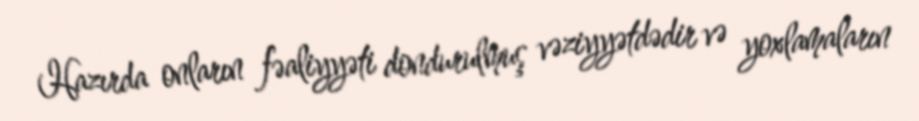
Hazırda onların fəaliyyəti dondurulmuş vəziyyətdədir və yoxlamaların